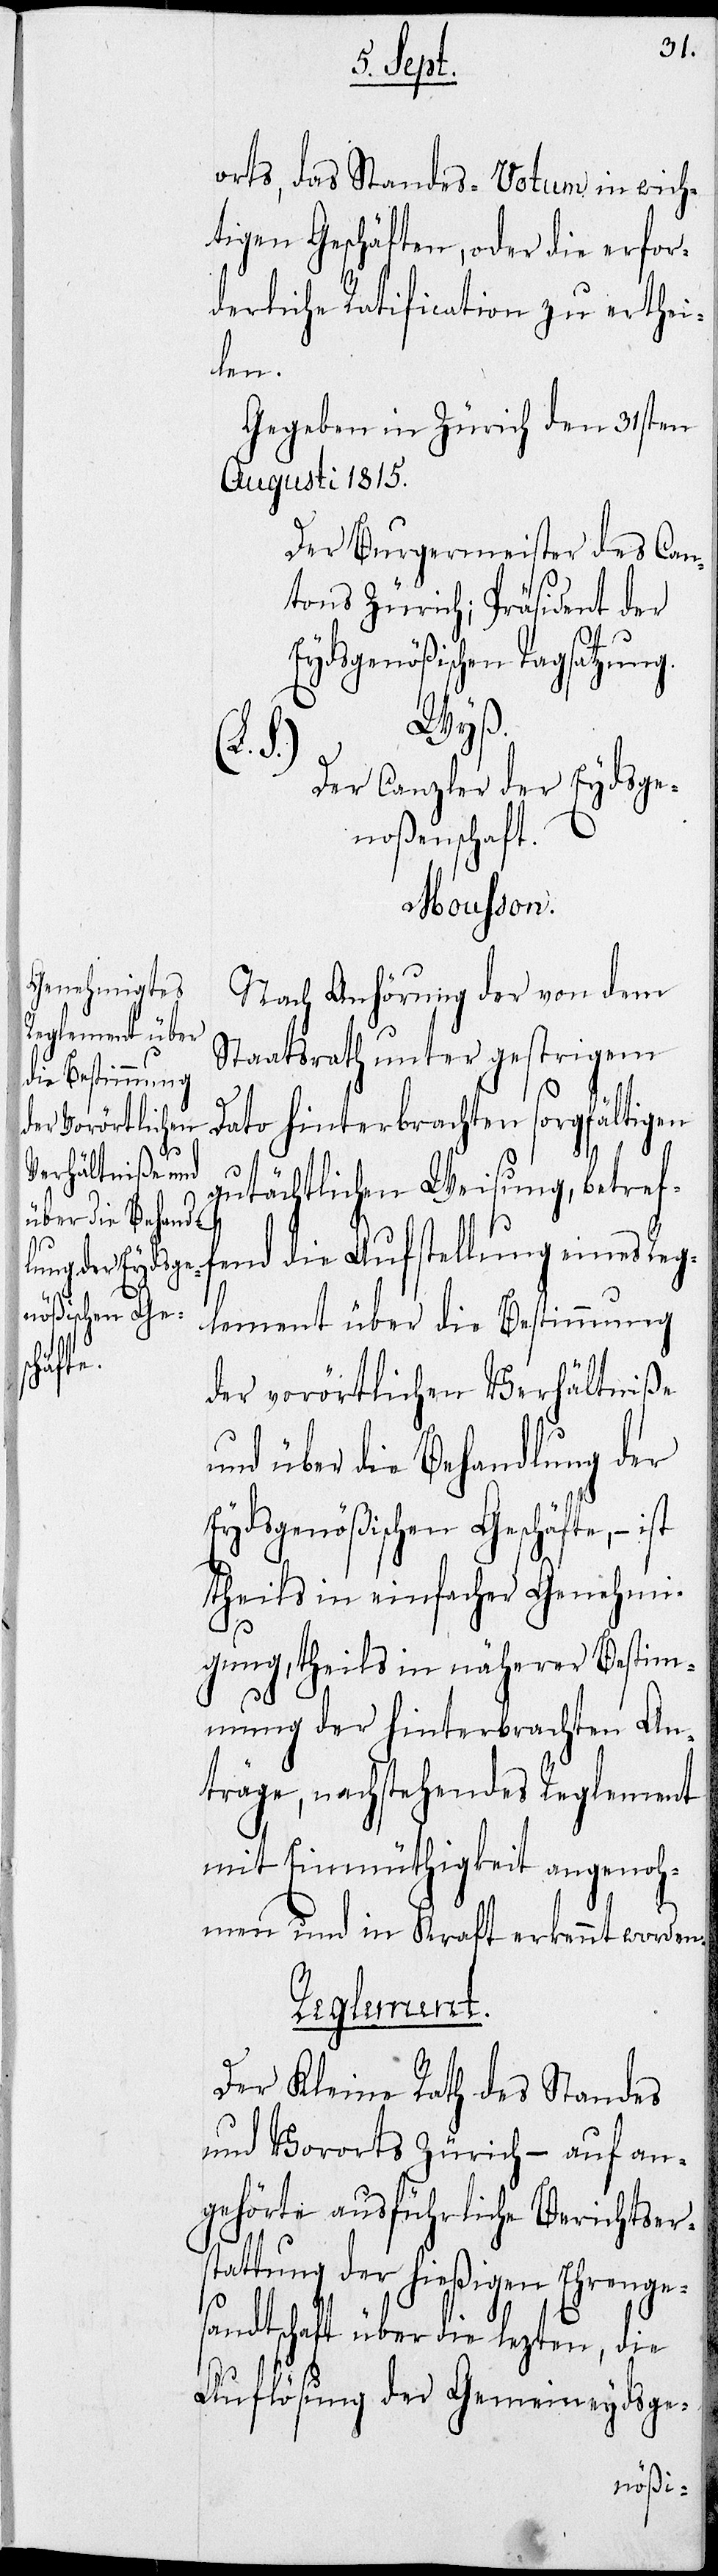
orts, das Standes-Votum in wich¬
tigen Geschäften, oder die erfor¬
derliche Ratification zu erthei¬
len.
Gegeben in Zürich den 31sten
Augusti 1815.
Der Burgermeister des Can¬
tons Zürich; Präsident der
Eydsgenößischen Tagsatzung
Wyß.
S.)
Der Canzler der Eydsge¬
noßenschaft
Mousson.
Nach Anhörung der von dem
Staatsrath unter gestrigem
Dato hinterbrachten sorgfältigen
gutächtlichen Weisung, betref¬
fend die Aufstellung eines Rege¬
lement über die Bestimmung
der vorörtlichen Verhältniße
und über die Behandlung der
Eydsgenößischen Geschäfte, – ist
theils in einfacher Genehmi¬
gung, theils in näherer Bestim¬
mung der hinterbrachten An¬
träge, nachstehendes Reglement
mit Einmüthigkeit angenoh¬
men und in Kraft erkannt worden.
Reglement.
Der Kleine Rath des Standes
und Vororts Zürich – auf an¬
gehörte ausführliche Berichtsers¬
tattung der hießigen Ehrenge¬
sandtschaft über die lezten, die
Auflösung der Gemeindeydsge-